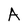
Character: A